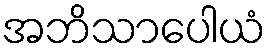
အဘိသာပေါယံ